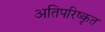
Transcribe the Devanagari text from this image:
अतिपरिष्कृत